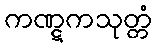
ကဏ္ဋကသုတ္တံ